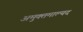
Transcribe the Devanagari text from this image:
अमुक्तमाल्यद